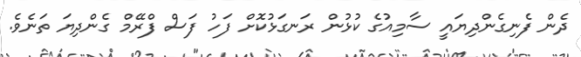
ދެން ފެނިގެންދިޔައީ ސާމިއުގެ ކުޅުން ރަނގަޅުކޮށް ފަހު ފަސް ފްރޭމް ގެންދިޔަ ތަނެވެ.